system: You are a helpful assistant.
user:
Analyze the provided spectrum to determine if it is a **Carbon Star (C-type)**.

- **Key Visual Indicators of Carbon Star:**
    - **(Primary):** Strong molecular absorption from **C₂ (diatomic carbon) "Swan Bands."** This is the **defining feature** of a carbon star.
        - **(Key Bandheads):** Sharp absorption edges are visible at approximately $5635$ Å, $5165$ Å (the strongest band), and $4737$ Å.
        - **(Line Profile):** Creates a distinct **"saw-tooth"** pattern. The key morphology is a sharp, steep bandhead on the **red (long-wavelength) side**, which then gradually tapers off (i.e., flux recovers) towards the **blue (short-wavelength) side**. *(This is the direct opposite of the TiO bands seen in M-type stars)*.

    - **(Secondary):** Intense **CN (cyanogen)** molecular absorption bands.
        - **(Key Bandheads):** Located in the blue and violet regions of the spectrum (e.g., near $4215$ Å and $3883$ Å).
        - **(Morphology):** These bands are extremely broad and act as a "blanket," absorbing the vast majority of blue and violet light. This creates a characteristic **"cliff"** or **"steep drop-off"** in the spectrum's flux at short wavelengths.

    - **(Key Confirmation):** Strong **CH absorption band (G-band)**.
        - **(Key Bandhead):** Located around $4300$ Å. The contribution from CH molecules to this band is exceptionally strong.

    - **(Overall Spectrum):**
        - The continuum is severely "chopped up" by these deep molecular bands, especially C₂, rather than appearing as a smooth curve.
        - Due to the heavy CN and C₂ absorption in the blue-green, the vast majority of the star's flux is concentrated in the red part of the spectrum, giving the star its characteristic deep red color.

Think first, call **spectral_visualization_tool** if needed to examine features in detail, then provide your final answer. Your response must adhere to the following strict rules:
1.  **Overall Structure:** Your response must follow the format `<think>...</think> <tool_call>...</tool_call> (if a tool is used) <answer>...</answer>`.
2.  **Tool Usage Constraint:** You may only make **one** tool call per turn.
3.  **Final Answer Format:** In the `<answer>` tag, your conclusion must be inside a `\boxed{}` command (e.g., `\boxed{YES}`), followed by your justification.

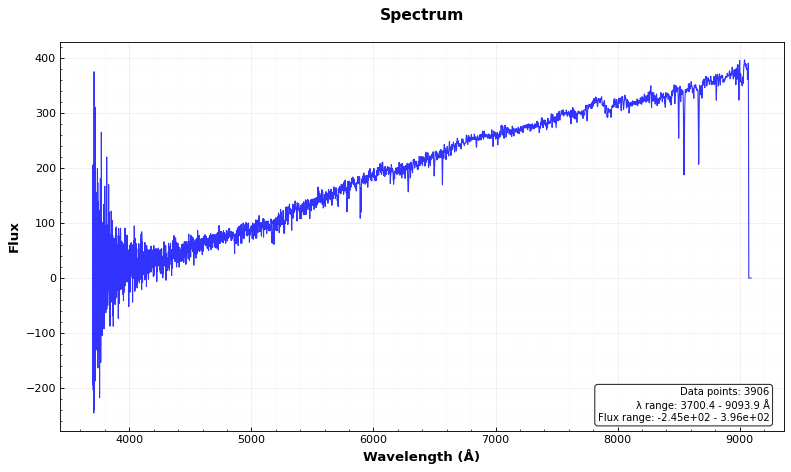
Answer: NO